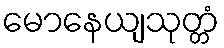
မောနေယျသုတ္တံ